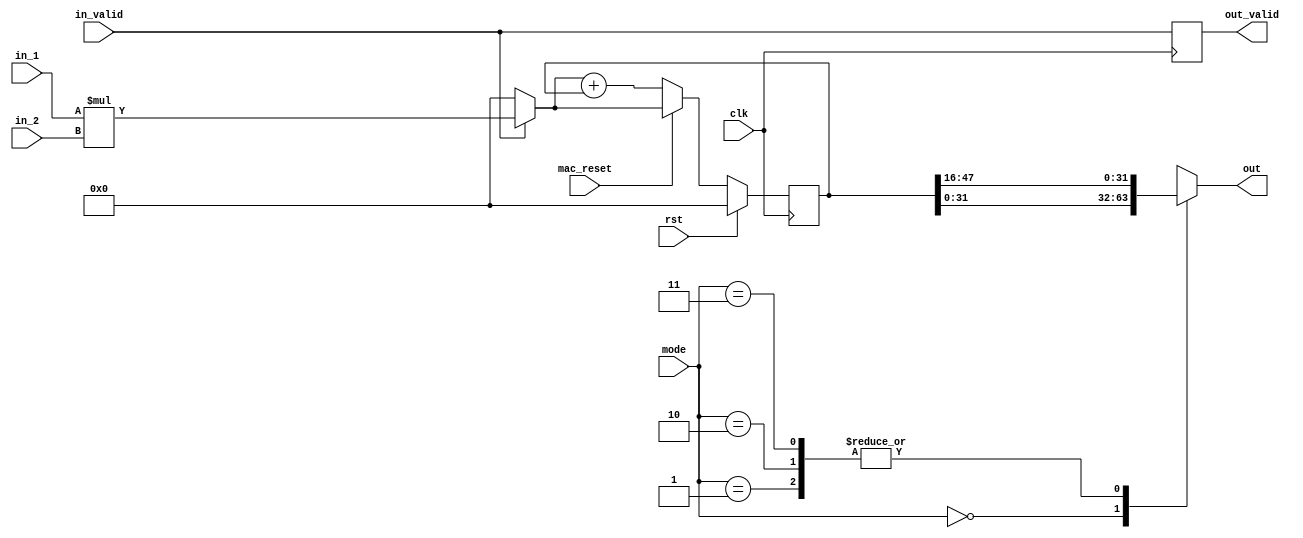
`timescale 1ns / 1ps
//////////////////////////////////////////////////////////////////////////////////
// Company: 
// Engineer: 
// 
// Design Name: 
// Module Name: mac_fixed
// Project Name: 
// Target Devices: 
// Tool Versions: 
// Description: 
// 
// Dependencies: 
// 
// Revision:
// Revision 0.01 - File Created
// Additional Comments:
// 
//////////////////////////////////////////////////////////////////////////////////


module mac_fixed
  #(parameter F_WIDTH = 0,
              I_WIDTH = 32,
              F_WIDTH_2 = 16,
              I_WIDTH_2 = 16,
              F_WIDTH_3 = 16,
              I_WIDTH_3 = 16,
              F_WIDTH_4 = 16,
              I_WIDTH_4 = 16,
              T_WIDTH = 32
  )
 (
  input signed [T_WIDTH-1:0] in_1,
  input signed [T_WIDTH-1:0] in_2,
  input mac_reset,
  input in_valid,
  input [2:0] mode,
  output reg out_valid,
  output reg signed [T_WIDTH-1:0] out,
  input clk, rst
      );
  
  
  wire signed [2*T_WIDTH-1:0] product;
  reg signed [2*T_WIDTH-1:0] out_64;
  reg signed [2*T_WIDTH-1:0] out_in;
  
  assign product = in_1*in_2;
  
  always @ (*) begin
    case (mode)
      3'b000 : begin
        
        out = out_64[I_WIDTH + 2*F_WIDTH - 1 -: T_WIDTH];
      end
      3'b001 : begin
       
        out = out_64[I_WIDTH_2 + 2*F_WIDTH_2 - 1 -: T_WIDTH];
      end
      3'b010 : begin
        
        out = out_64[I_WIDTH_3 + 2*F_WIDTH_3 - 1 -: T_WIDTH];
      end
      3'b011 : begin
        
        out = out_64[I_WIDTH_4 + 2*F_WIDTH_4 - 1 -: T_WIDTH];
      end
      
      default : begin
        out = 'bx;
      end        

    endcase
    
    if (in_valid)
      out_in = product;  
    else begin
      out_in = 0;
    end
    
  end
  
  
  always @ (posedge clk) begin
    if (rst ) begin
      out_64 <= 0;
      out_valid <= 0;
    end
    else if (mac_reset) begin
      out_64 <= out_in;       
    end
    else begin
      out_64 <= out_in + out_64; 
    end
    out_valid <= in_valid;
  end      
endmodule